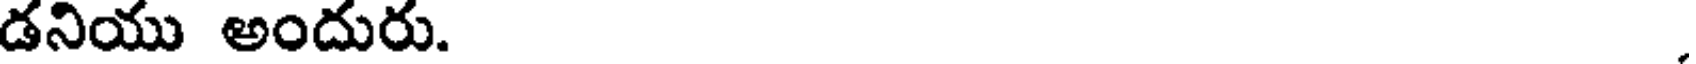
డనియు అందురు.